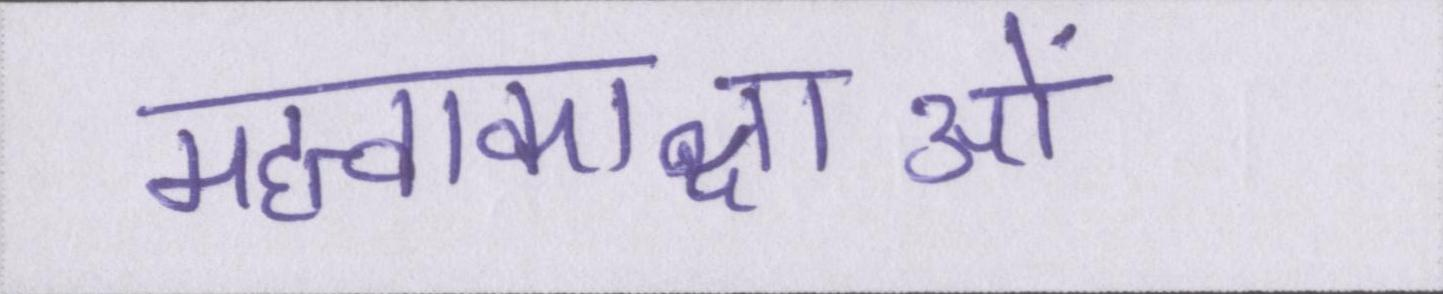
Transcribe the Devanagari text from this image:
महत्वाकाक्षाओं